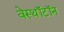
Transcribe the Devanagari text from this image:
वेस्थॉटॉन